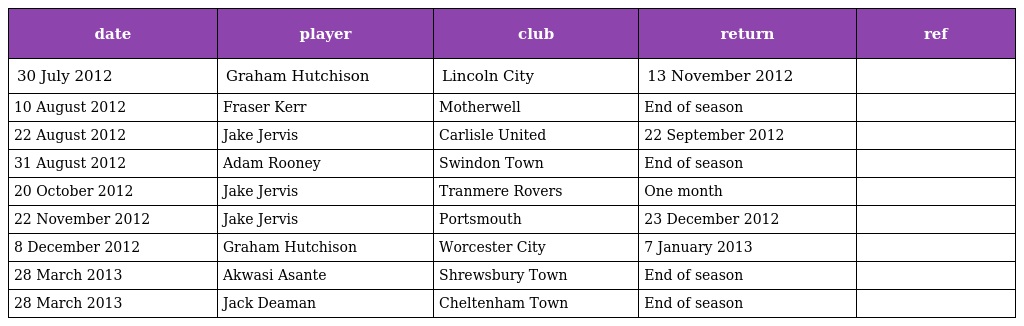
| date | player | club | return | ref |
 | --- | --- | --- | --- | --- |
 | 30 July 2012 | Graham Hutchison | Lincoln City | 13 November 2012 |  |
 | 10 August 2012 | Fraser Kerr | Motherwell | End of season |  |
 | 22 August 2012 | Jake Jervis | Carlisle United | 22 September 2012 |  |
 | 31 August 2012 | Adam Rooney | Swindon Town | End of season |  |
 | 20 October 2012 | Jake Jervis | Tranmere Rovers | One month |  |
 | 22 November 2012 | Jake Jervis | Portsmouth | 23 December 2012 |  |
 | 8 December 2012 | Graham Hutchison | Worcester City | 7 January 2013 |  |
 | 28 March 2013 | Akwasi Asante | Shrewsbury Town | End of season |  |
 | 28 March 2013 | Jack Deaman | Cheltenham Town | End of season |  |